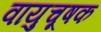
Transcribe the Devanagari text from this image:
वायुचूषक